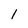
Character: 1